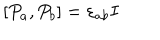
LaTeX: [ P _ { a } , P _ { b } ] = \varepsilon _ { a b } I